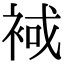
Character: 𧚑